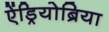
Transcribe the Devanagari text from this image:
ऐंड्रियोब्रिया